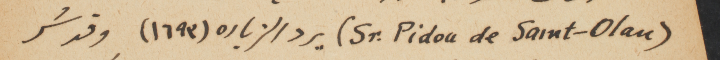
(Sr. Pidou de Saint-Olan) يرج الزياره (١٦٩٣) وقد سُر